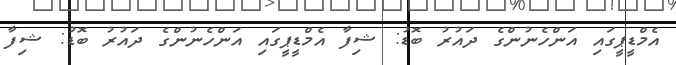
އެމްޑީޕީގައި އަންހެނުންގެ ދައުރު ބޮޑު: ޝިފާ އެމްޑީޕީގައި އަންހެނުންގެ ދައުރު ބޮޑު: ޝިފާ